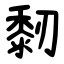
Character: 䵑